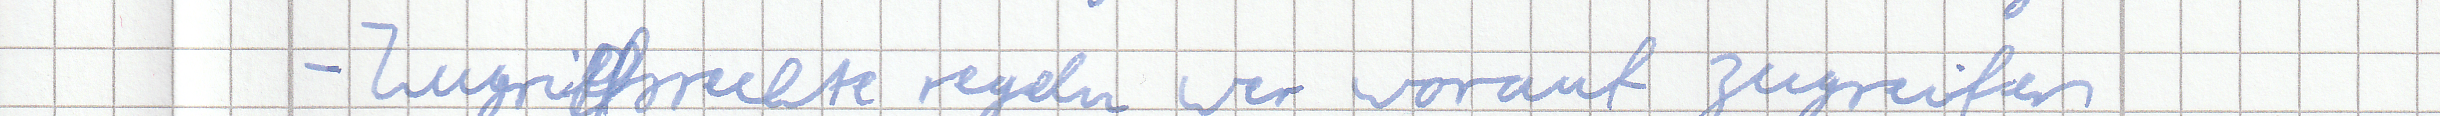
- Zugriffsrechte regeln wer worauf zugreifen